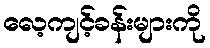
လေ့ကျင့်ခန်းများကို